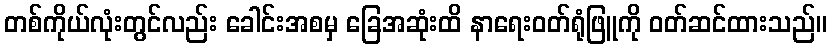
တစ်ကိုယ်လုံးတွင်လည်း ခေါင်းအစမှ ခြေအဆုံးထိ နာရေးဝတ်ရုံဖြူကို ဝတ်ဆင်ထားသည်။